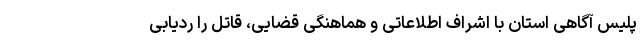
پلیس آگاهی استان با اشراف اطلاعاتی و هماهنگی قضایی، قاتل را ردیابی